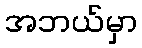
အဘယ်မှာ